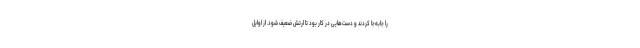
را جابه‌جا کردند و دست‌هایی در کار بود تا ارتش ضعیف شود. از اوایل